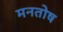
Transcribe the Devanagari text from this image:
मनतोष